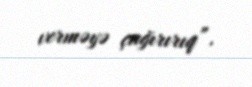
verməyə çağırırıq”.